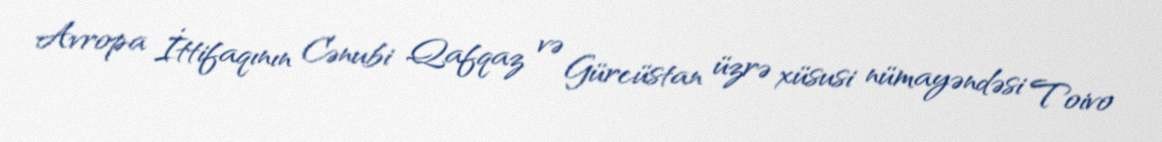
Avropa İttifaqının Cənubi Qafqaz və Gürcüstan üzrə xüsusi nümayəndəsi Toivo